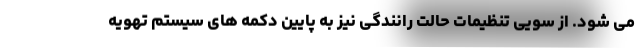
می شود. از سویی تنظیمات حالت رانندگی نیز به پایین دکمه های سیستم تهویه